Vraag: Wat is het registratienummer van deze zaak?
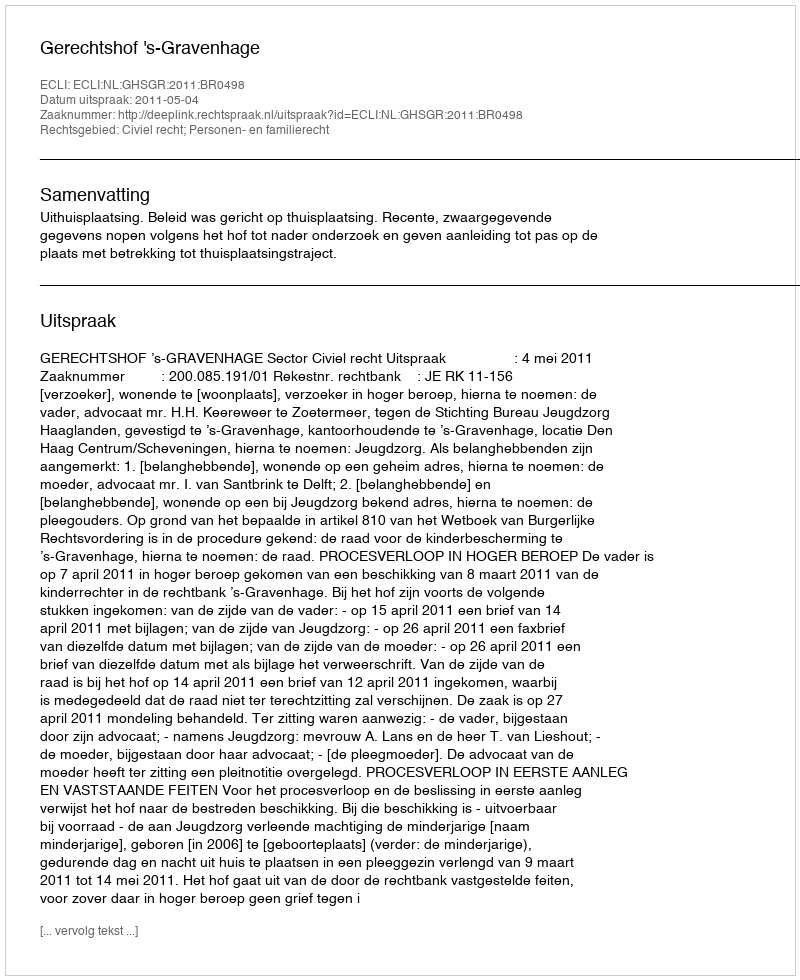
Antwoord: http://deeplink.rechtspraak.nl/uitspraak?id=ECLI:NL:GHSGR:2011:BR0498